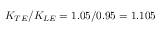
K _ { T E } / K _ { L E } = 1 . 0 5 / 0 . 9 5 = 1 . 1 0 5